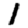
Digit: 1